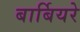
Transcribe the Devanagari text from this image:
बार्बियरे